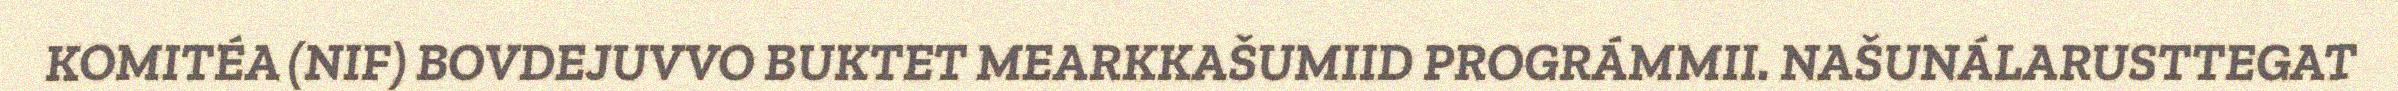
KOMITÉA (NIF) BOVDEJUVVO BUKTET MEARKKAŠUMIID PROGRÁMMII. NAŠUNÁLARUSTTEGAT